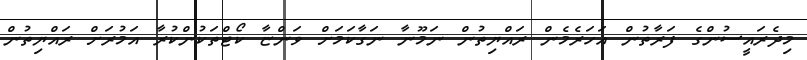
މިދެރައީސުންގެ ފަރާތުން އަހަރެމެން ރައްޔިތުން ނަމޫނާ ނަގާކަމަށް ވަންޏާ ކޯޓްތަކުންކުރާ އަމުރަށް ރައްޔިތުން